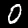
Digit: 0